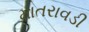
માતરાવડી